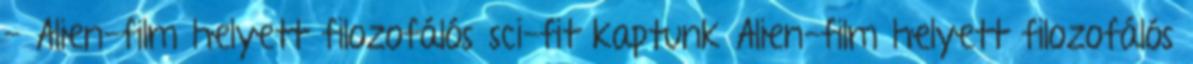
- Alien-film helyett filozofálós sci-fit kaptunk Alien-film helyett filozofálós